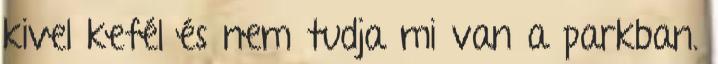
kivel kefél és nem tudja mi van a parkban.